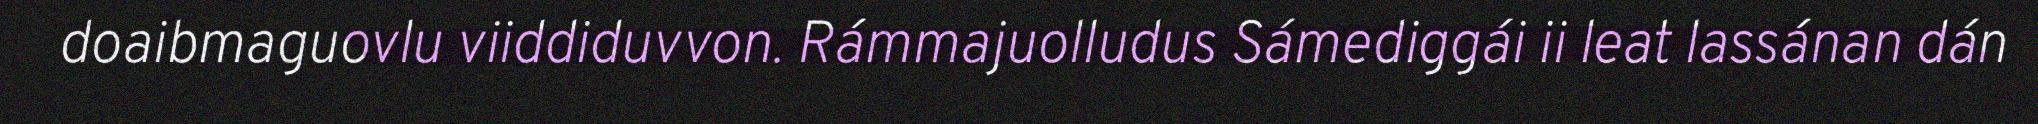
doaibmaguovlu viiddiduvvon. Rámmajuolludus Sámediggái ii leat lassánan dán